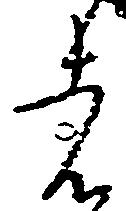
者